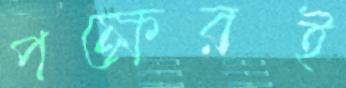
পক্ষেরই